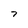
Character: 7